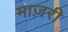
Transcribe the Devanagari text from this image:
माज़री